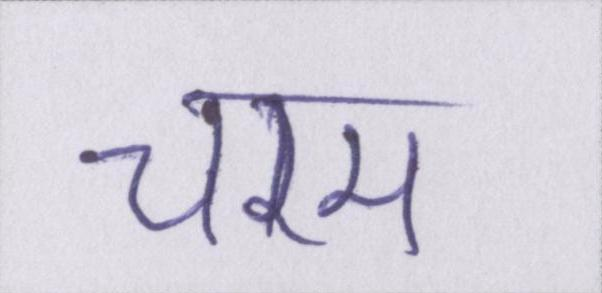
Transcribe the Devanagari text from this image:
चरम